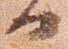
日